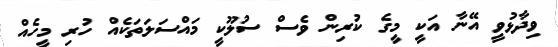
ވިދާޅުވީ އޭނާ އަކީ މީގެ ކުރިން ވެސް ސުލޫކީ މައްސަލަތަކެއް ހުރި މީހެއް